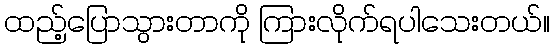
ထည့်ပြောသွားတာကို ကြားလိုက်ရပါသေးတယ်။